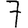
Digit: 7